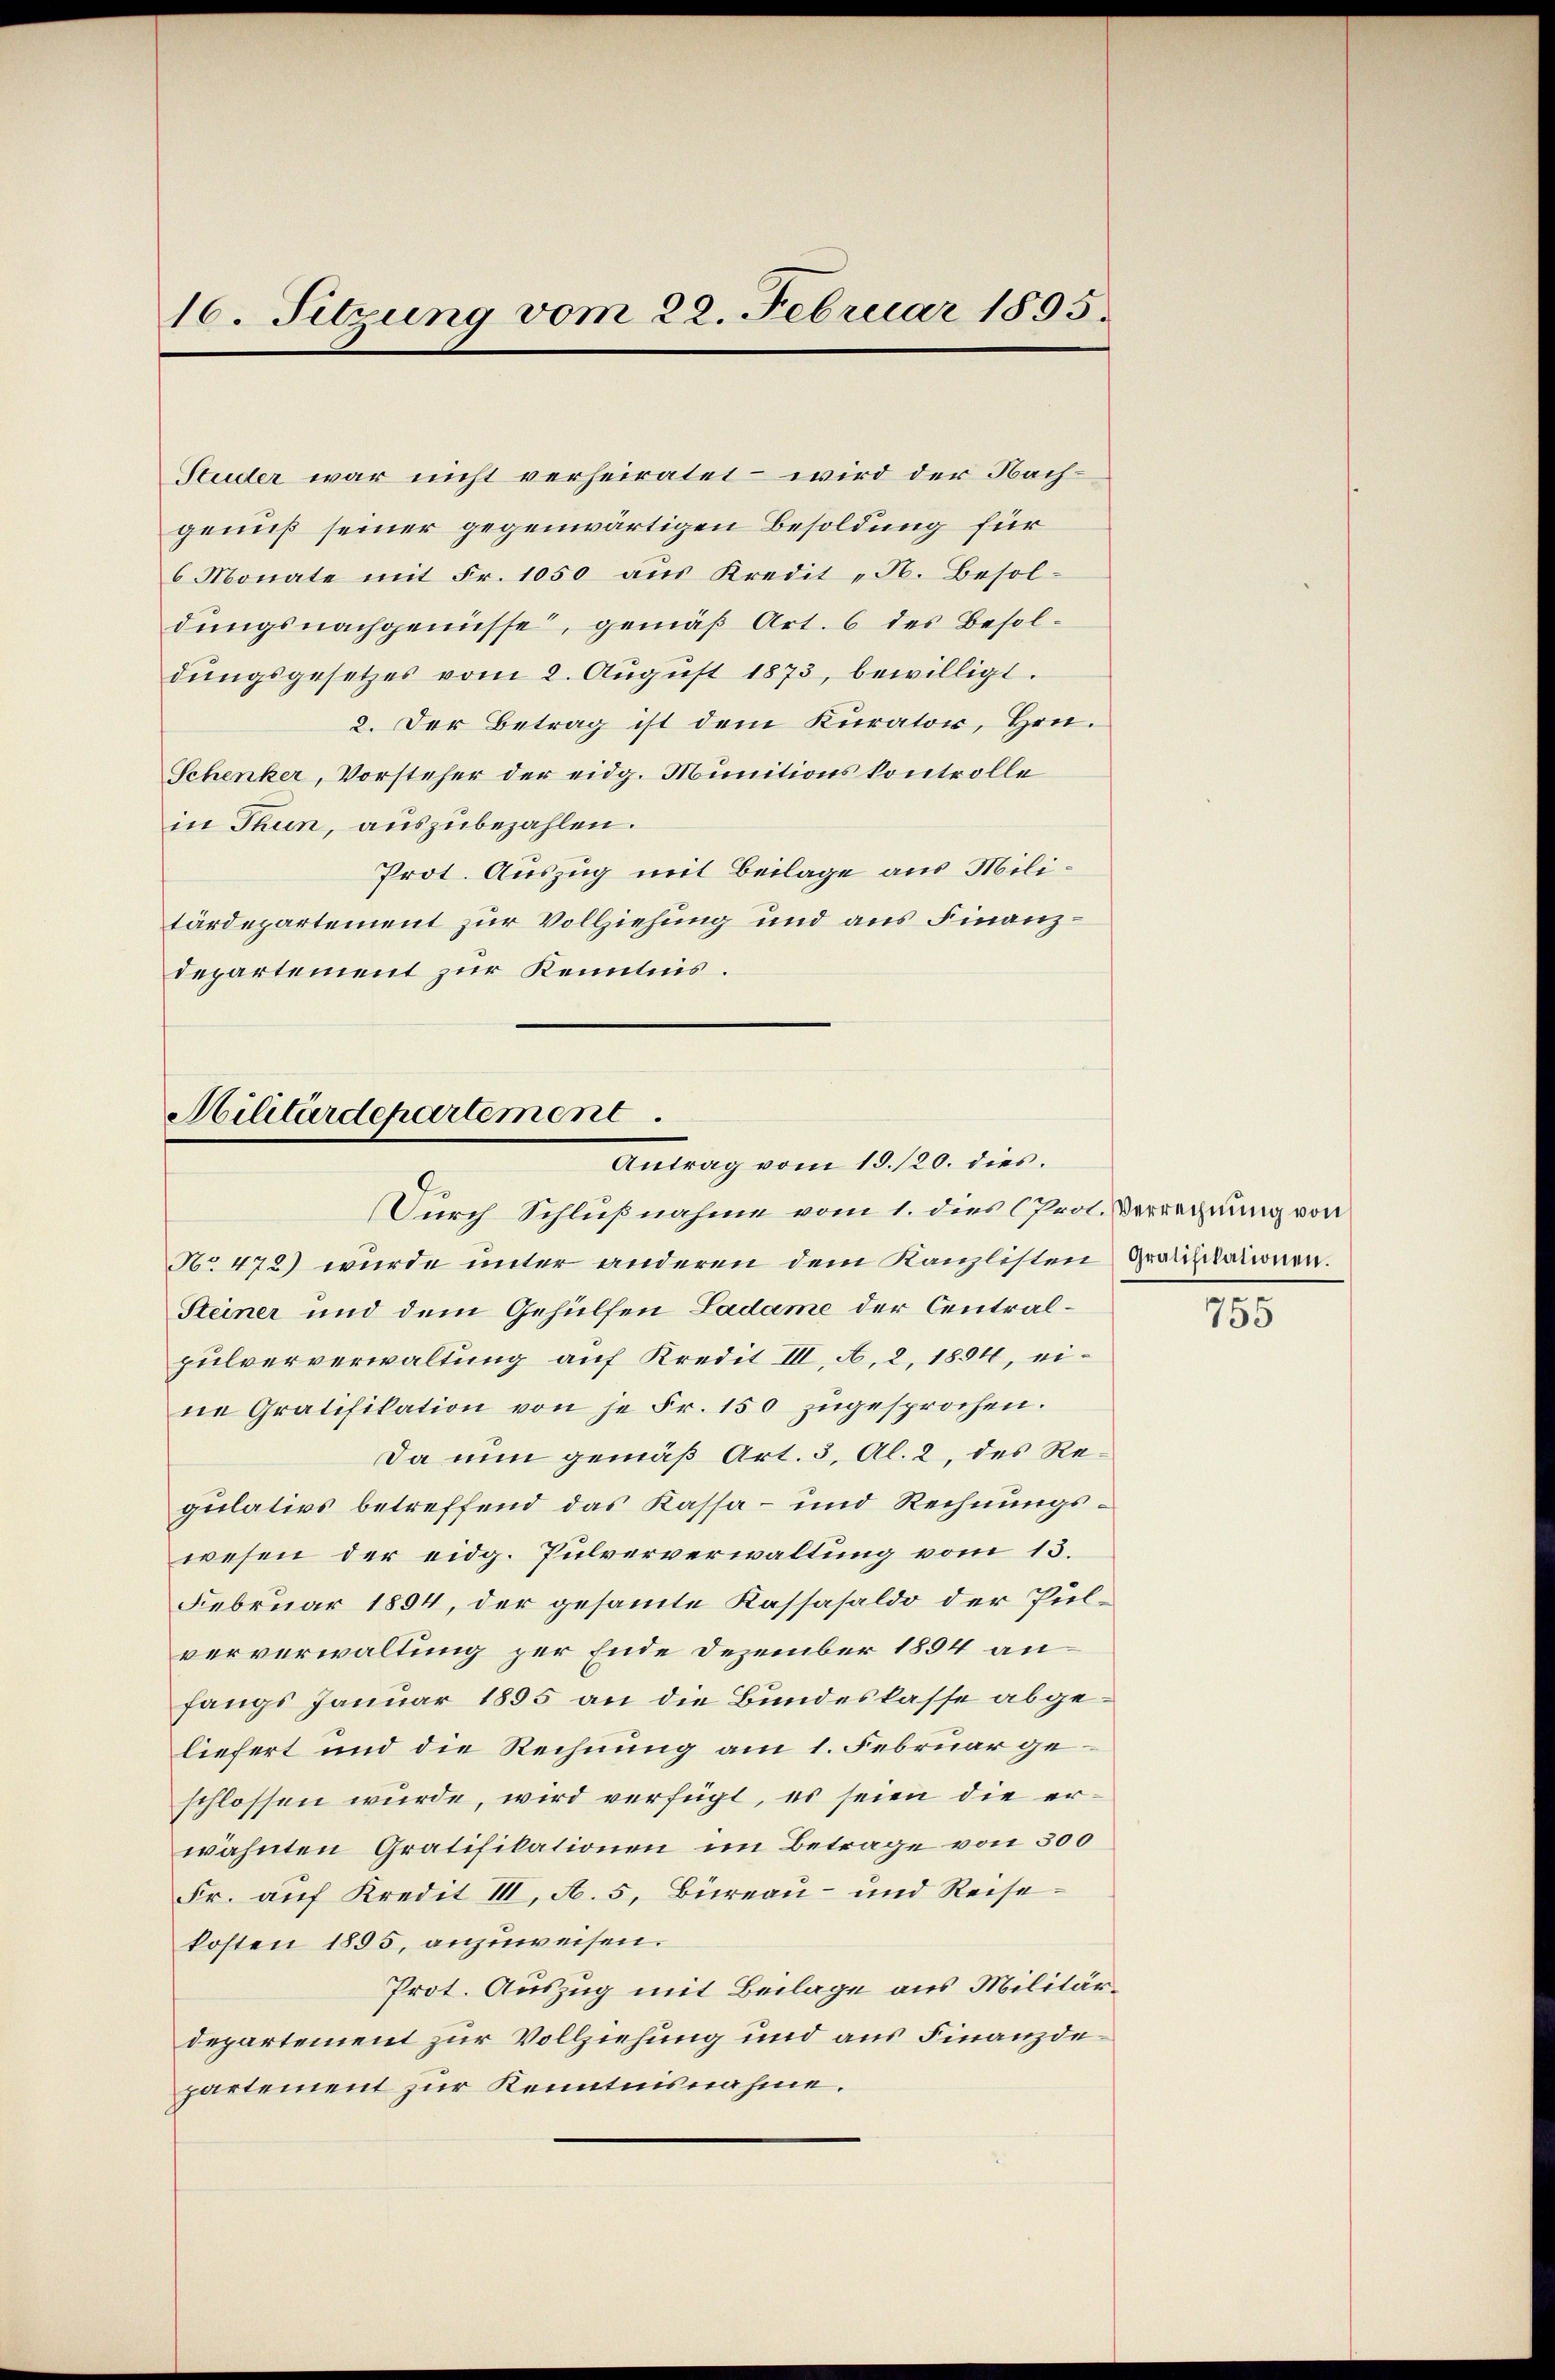
16. Sitzung vom 22. Februar 1895.

Studer war nicht verheiratet – wird der Nachgenuß seiner gegenwärtigen Besoldung für
6 Monate mit Fr. 1050 aus Kredit „N. Besoldungsnachgenüsse, gemäß Art. 6 des Besoldŭngsgesetzes vom 2. Aŭgŭst 1873, bewilligt.
2. Der Betrag ist dem Kurator, Hrn.
Schenker, Vorsteher der eidg. Munitionskontrolle
in Thun, auszubezahlen.
Prot. Auszug mit Beilage aus Militärdepartement zur Vollziehung und aus Finanzdepartement zur Kenntnis.

Militärdepartement.
Antrag vom 15./20. dies.

Durch Schlußnahme vom 1. dies (Prol. Verrechnung von
No 472) wurde unter anderen dem Kanzlisten Grauskationen.
Steiner und dem Gehülfen Ladame der Centralpulververwaltung auf Kredit III. A. 2, 1854, eine Gratifikation von je Fr. 150 zugesprochen.
Da nun gemäß Art. 3, Al. 2, des Regulativs betreffend das Kassa - und Rechnungswesen der eidg. Pulververwaltung vom 13.
Februar 1894, der gesammte Kassasaldo der Pulververwaltung zur Ende Dezember 1894 anfangs Januar 1895 an die Bundeskasse abgeliefert und die Rechnung am 1. Februar geschlossen wurde, wird verfügt, es seien die erwähnten Gratifikationen im Betrage von 300
Fr. auf Kredit III, A. 5, Büreau- und Reisekosten 1895, anzuweisen.
Prot. Auszug mit Beilage aus Militärdepartement zur Vollziehung und aus Finanzdepartement zur Kenntnisnahme.

755